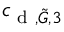
c _ { \textup { d } , \tilde { G } , 3 }